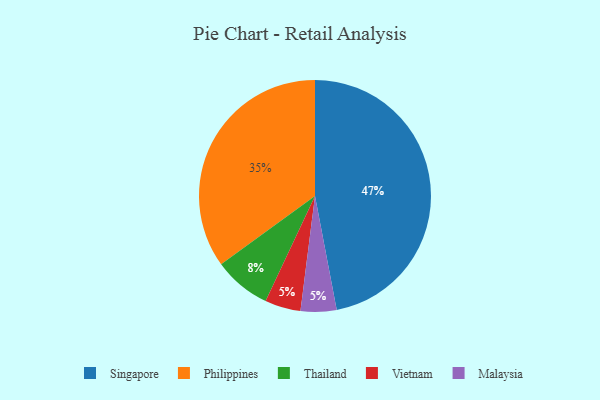
{"axis": {"x": "Category", "y": "Percentage"}, "legend": ["Malaysia", "Philippines", "Singapore", "Thailand", "Vietnam"], "data": [{"x": "Vietnam", "y": 5, "type": "Vietnam"}, {"x": "Singapore", "y": 47, "type": "Singapore"}, {"x": "Philippines", "y": 35, "type": "Philippines"}, {"x": "Malaysia", "y": 5, "type": "Malaysia"}, {"x": "Thailand", "y": 8, "type": "Thailand"}]}